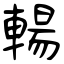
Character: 輰